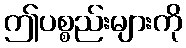
ဤပစ္စည်းများကို